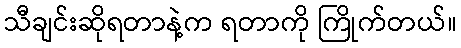
သီချင်းဆိုရတာနဲ့က ရတာကို ကြိုက်တယ်။